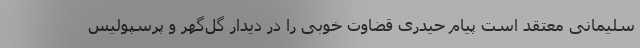
سلیمانی معتقد است پیام حیدری قضاوت خوبی را در دیدار گل‌گهر و پرسپولیس